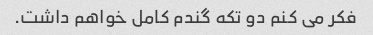
فکر می کنم دو تکه گندم کامل خواهم داشت.